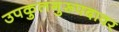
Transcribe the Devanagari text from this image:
उपकुलगुरूपदावर